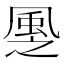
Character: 𩖳